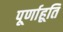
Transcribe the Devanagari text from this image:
पूर्णाहूति